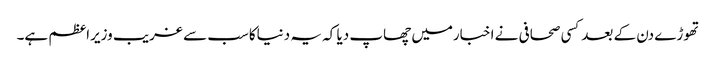
تھوڑے دن کے بعدکسی صحافی نے اخبارمیں چھاپ دیا کہ یہ دنیاکاسب سے غریب وزیراعظم ہے۔